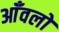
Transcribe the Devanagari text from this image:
आँवलों